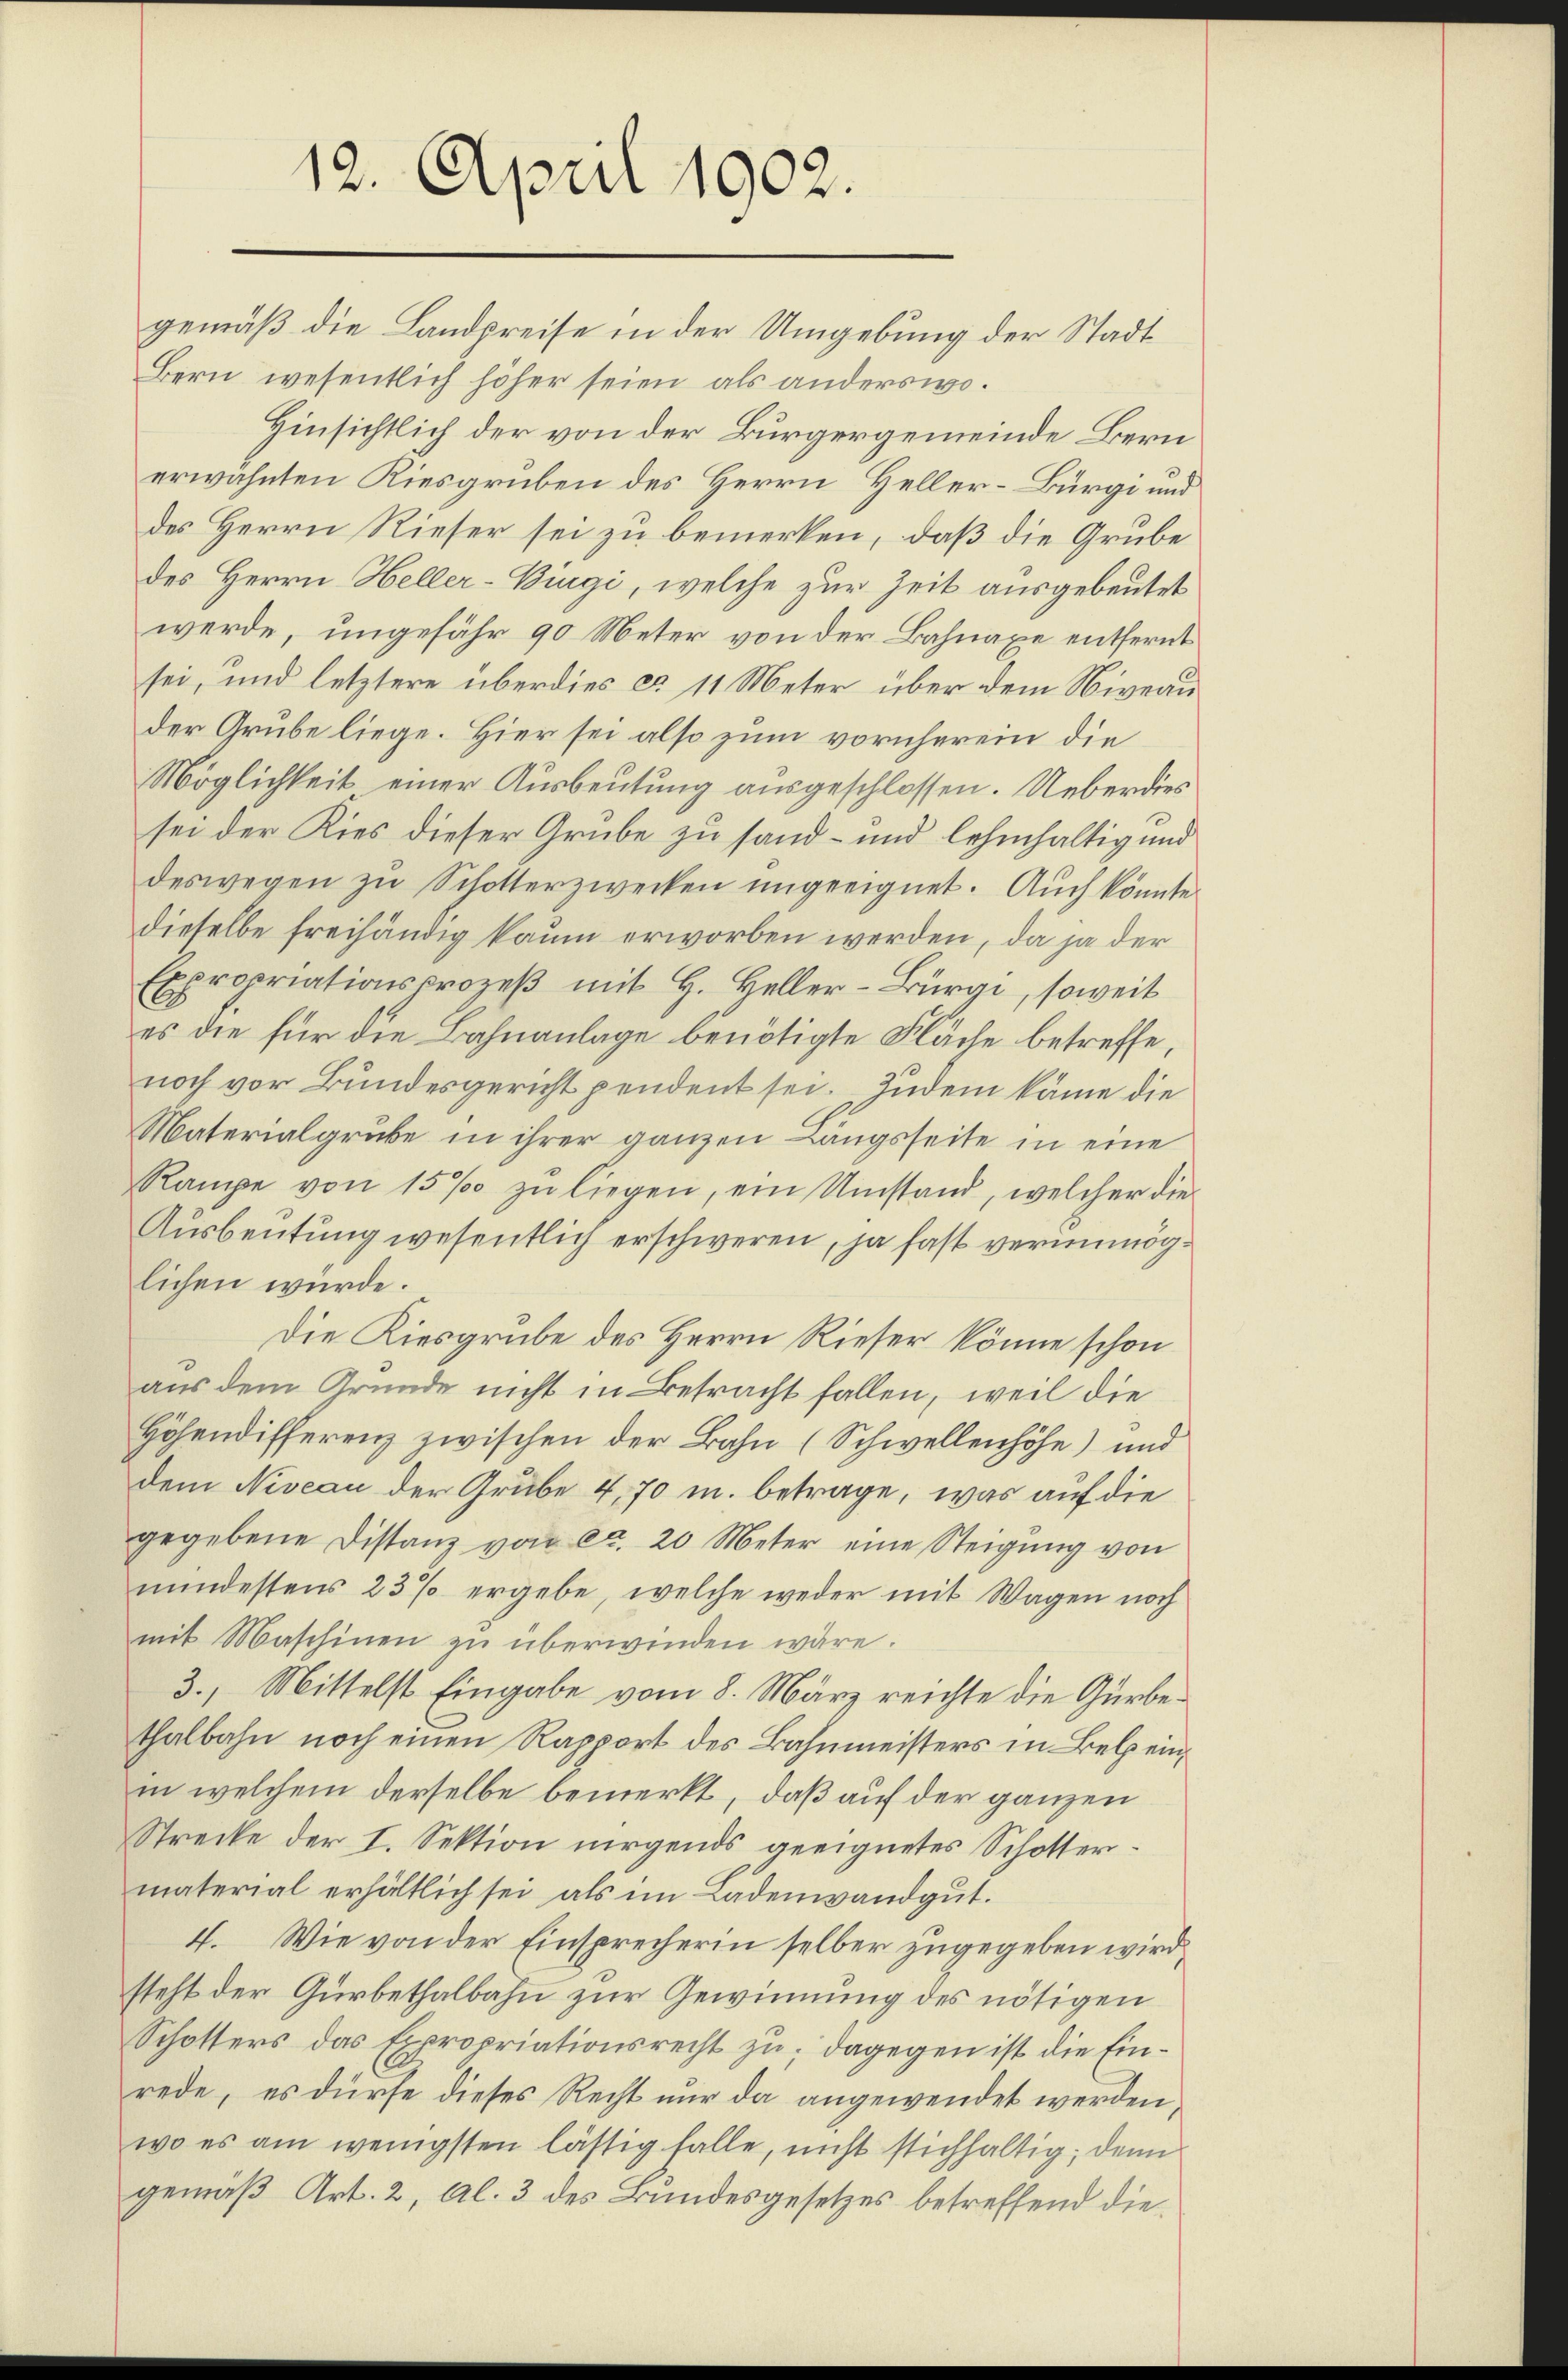
12. April 1902.

gemäß die Landpreise in der Umgebung der Stadt
Bern wesentlich höher seien als anderswo.
Hinsichtlich der von der Bürgergemeinde Bern
erwähnten Kiesgruben des Herrn Heller-Bürgi und
des Herrn Rieser sei zu bemerken, daß die Grube
des Herrn Heller-Bürgi, welche zur Zeit ausgebeutet
werde, ungefähr 90 Meter von der Bahnaxe entfernt
sei, und letztere überdies ca 11 Meter über dem Niveau
der Grube liege. Hier sei also zum vornherein die
Möglichkeit einer Ausbeutung ausgeschlossen. Ueberdies
sei der Kies dieser Grube zu sand- und lehnnhaltig und
deswegen zu Schotterzwecken ungeeignet. Auch könnte
dieselbe freihändig kaum erworben werden, da ja der
Expropriationsprozeß mit H. Heller-Bürgi, soweit
es die für die Bahnanlage benötigte Fläche betreffe,
noch vor Bundesgericht pendent sei. Zudem käme die
Materialgrube in ihrer ganzen Längsseite in eine
Rampe von 15% zŭ liegen, ein Umstand, welcher die
Ausbeutung wesentlich erschweren, ja fast verunmöglichen würde.
Die Kiesgrube des Herrn Rieser könne schon
aus dem Grunde nicht in Betracht fallen, weil die
Höhendifferenz zwischen der Bahn (Schwellenhöhe) und
dem Niveau der Grube 4, 70 u. betrage, was auf die
gegebene Distanz von ca. 20 Meter eine Steigŭng von
mindestens 23 % ergebe, welche weder mit Wagen noch
mit Maschinen zu überwinden wäre.
3. Mittelst Eingabe vom 8. März reichte die Gürbethalbahn noch einen Rapport des Bahnmeisters in Belp einin welchem derselbe bemerkt, daß auf der ganzen
Strecke der I. Sektion nirgends geeignetes Schottermaterial erhältlich sei, als im Ladenwandgut.
4. Wie von der Einsprecherin selber zugegeben wird,
steht der Gürbethalbahn zur Gewinnung des nötigen
Schotters das Expropriationsrecht zu; dagegen ist die Einrede, es dürfe dieses Recht nur da angewendet werden,
wo es am wenigsten lässig falle, nicht stichhaltig; denn
gemäß Art. 2, Al. 3 des Bundesgesetzes betreffend die¬